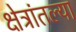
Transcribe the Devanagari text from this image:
क्षेत्रांतल्या